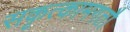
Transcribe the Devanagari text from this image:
सकृत्कामगतौ